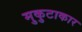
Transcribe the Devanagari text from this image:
मुकुटाकार